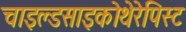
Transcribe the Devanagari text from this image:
चाइल्डसाइकोथेरेपिस्ट